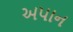
અપાન